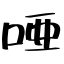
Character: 唖